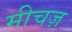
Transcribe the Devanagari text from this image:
मीचज़